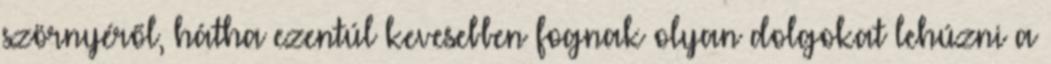
szörnyéről, hátha ezentúl kevesebben fognak olyan dolgokat lehúzni a